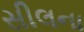
સીલના